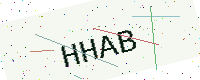
Text: HHAB